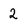
Character: 2